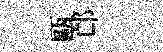
甌邙